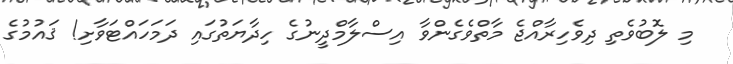
މި ލޮބުވެތި ދިވެހިރާއްޖެ މާތްވެގެންވާ އިސްލާމްދީނުގެ ހިދާޔަތުގައި ދަމަހައްޓަވާށި! ޤައުމުގެ